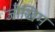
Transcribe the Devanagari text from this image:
जोखिम्